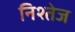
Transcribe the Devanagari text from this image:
निश्तेज